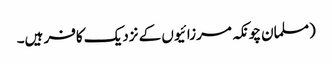
(مسلمان چونکہ مرزائیوں کے نزدیک کافر ہیں۔